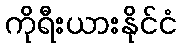
ကိုရီးယားနိုင်ငံ